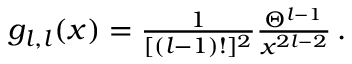
\begin{array} { r } { g _ { l , l } ( x ) = \frac { 1 } { [ ( l - 1 ) ! ] ^ { 2 } } \frac { \Theta ^ { l - 1 } } { x ^ { 2 l - 2 } } \, . } \end{array}